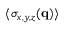
\langle \sigma _ { x , y , z } ( \mathbf { q } ) \rangle